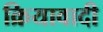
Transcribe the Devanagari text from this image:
क्रियावादी